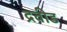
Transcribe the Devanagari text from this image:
द्रवीड